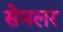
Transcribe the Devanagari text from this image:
सेमलर